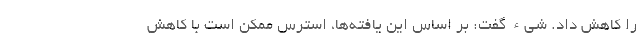
را کاهش داد. شیء گفت: بر اساس این یافته‌ها، استرس ممکن است با کاهش